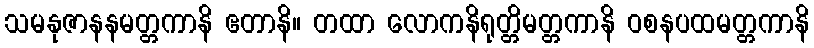
သမနုဇာနနမတ္တကာနိ ဧတာနိ။ တထာ လောကနိရုတ္တိမတ္တကာနိ ဝစနပထမတ္တကာနိ